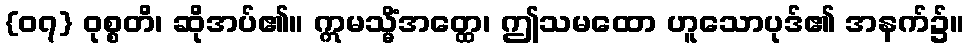
{၀၇} ဝုစ္စတိ၊ ဆိုအပ်၏။ ဣမသ္မိံအတ္ထေ၊ ဤသမထော ဟူသောပုဒ်၏ အနက်၌။